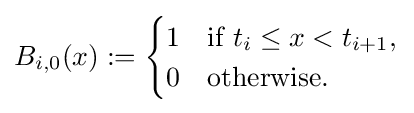
B_{i,0}(x):={\begin{cases}1&{\text{if }}t_{i}\leq x<t_{i+1},\\0&{\text{otherwise}}.\end{cases}}